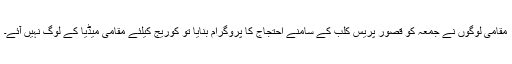
مقامی لوگوں نے جمعہ کو قصور پریس کلب کے سامنے احتجاج کا پروگرام بنایا تو کوریج کیلئے مقامی میڈیا کے لوگ نہیں آئے۔